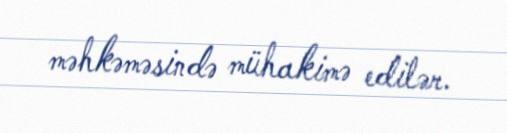
məhkəməsində mühakimə edilər.